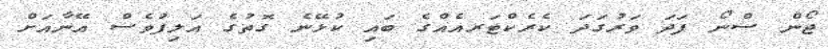
ޖޯން ސްނޯ ފަދަ ވަރުގަދަ ކެރެކްޓަރއެއްގެ ބައި ކުޅޭނެ ގޮތުގެ އަލިފުވެސް އޭނާއަށް